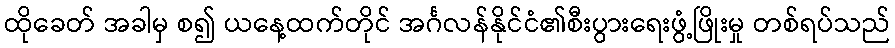
ထိုခေတ် အခါမှ စ၍ ယနေ့ထက်တိုင် အင်္ဂလန်နိုင်ငံ၏စီးပွားရေးဖွံ့ဖြိုးမှု တစ်ရပ်သည်